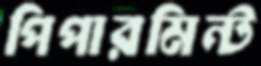
পিপারমিন্ট